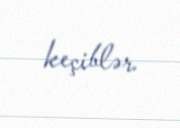
keçiblər.